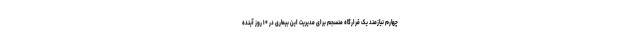
چهارم نیازمند یک قرارگاه منسجم برای مدیریت این بیماری در ۱۰ روز آینده